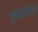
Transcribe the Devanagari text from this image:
घुसखोरांची